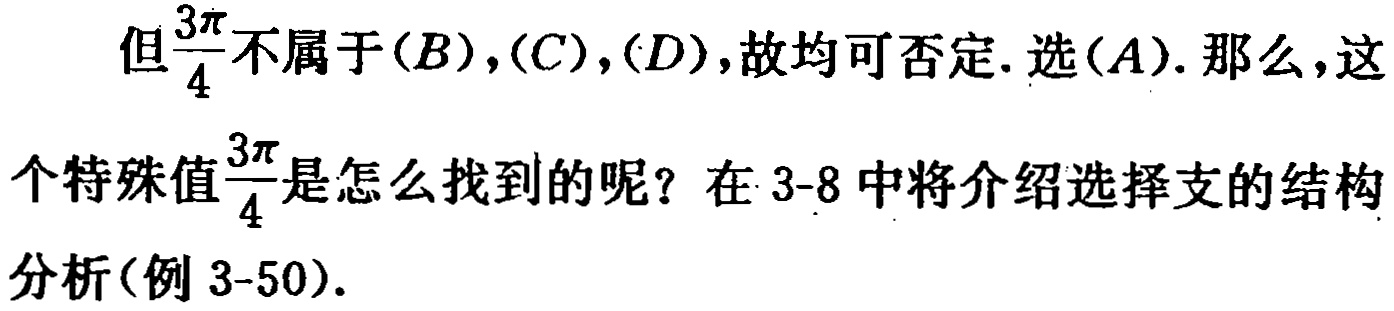
但$\frac{3\pi}{4}$不属于$(B),(C),(D)$,故均可否定. 选$(A)$. 那么,这个特殊值$\frac{3\pi}{4}$是怎么找到的呢？在 3-8 中将介绍选择支的结构分析(例 3-50).